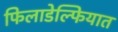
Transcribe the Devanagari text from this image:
फिलाडेल्फियात